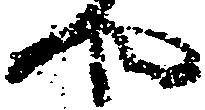
や